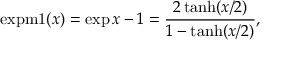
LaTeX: \operatorname { e x p m 1 } ( x ) = \exp x - 1 = { \frac { 2 \operatorname { t a n h } ( x / 2 ) } { 1 - \operatorname { t a n h } ( x / 2 ) } } ,